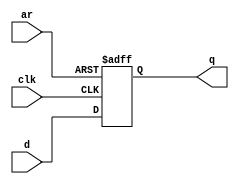
module top_module (
    input clk,
    input d, 
    input ar,   // asynchronous reset
    output reg q
);
    always @(posedge clk or posedge ar) begin
        if (ar)
            q <= 0;
        else
            q <= d;
    end
endmodule